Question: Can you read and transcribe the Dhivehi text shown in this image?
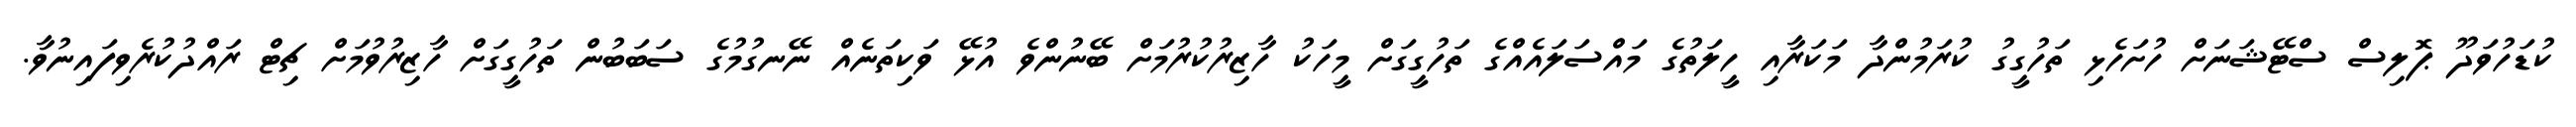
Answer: ކުޑަހުވަދޫ ޕޮލިސް ސްޓޭޝަނަށް ހުށަހެޅި ތަހުގީގު ކުރަމުންދާ މަކަރާއި ހީލަތުގެ މައްސަލައެއްގެ ތަހުގީގަށް މީހަކު ހާޒިރުކުރުމަށް ބޭނުންވެ އުޅޭ ވަކިތަނެއް ނޭނގުމުގެ ސަބަބުން ތަހުގީގަށް ހާޒިރުވުމަށް ޗިޓް ރައްދުކުރެވިފައިނުވާ.